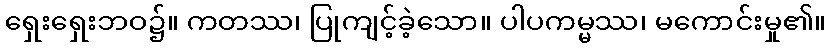
ရှေးရှေးဘဝ၌။ ကတဿ၊ ပြုကျင့်ခဲ့သော။ ပါပကမ္မဿ၊ မကောင်းမှု၏။